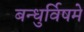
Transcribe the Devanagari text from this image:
बन्धुर्विषमे